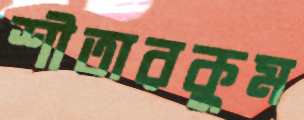
শীতারকুম